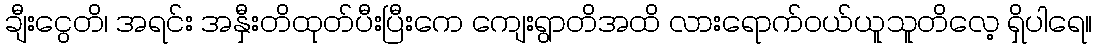
ချီးငွေတိ၊ အရင်း အနှီးတိထုတ်ပီးပြီးကေ ကျေးရွာတိအထိ လားရောက်ဝယ်ယူသူတိလေ့ ရှိပါရေ။